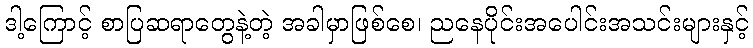
ဒါ့ကြောင့် စာပြဆရာတွေနဲ့တဲ့ အခါမှာဖြစ်စေ၊ ညနေပိုင်းအပေါင်းအသင်းများနှင့်